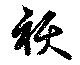
祅